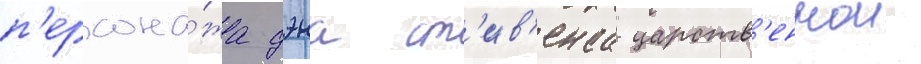
п'ерсона́жа дэна ст'ив'енса царств'еннои